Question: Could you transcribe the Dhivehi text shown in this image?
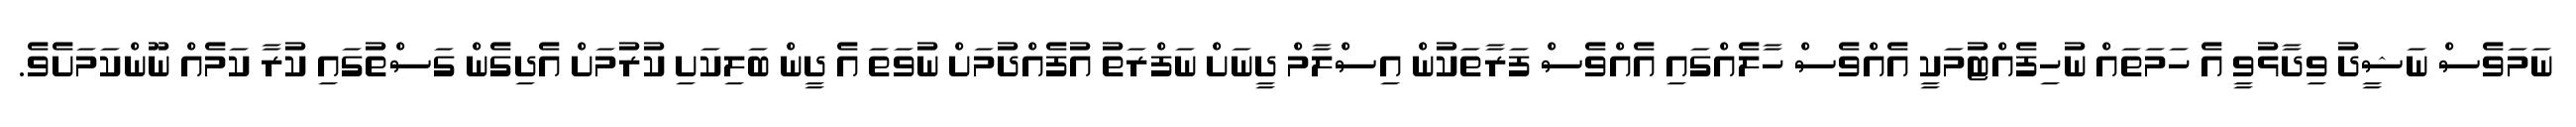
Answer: ނަމަވެސް ނަޝީދު ވިދާޅުވީ އެ ހަމަތައް ނުހިފެއްޓުމަކީ އެއްވެސް ހާލެއްގައި އެއްވެސް ފަރާތަކުން އިސްލާމް ދީނަށް ނަފްރަތު އުފެއްދުމަށް ނުވަތަ އެ ދީން ބަލިކަށި ކުރުމަށް އެދިގެން ގަސްތުގައި ކުރާ ކަމެއް ނޫންކަމަށެވެ.